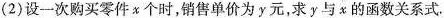
(2)设一次购买零件x个时，销售单价为y元，求y与x的函数关系式.